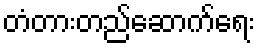
တံတားတည်ဆောက်ရေး